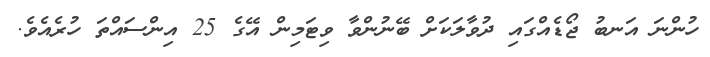
ހުންނަ އަނބު ޖޯޑެއްގައި ދުވާލަކަށް ބޭނުންވާ ވިޓަމިން އޭގެ 25 އިންސައްތަ ހުރެއެވެ.